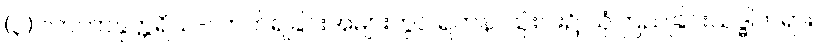
(၃) လာဘာနုတ္တရိယ-လာဘ်ရခြင်းအများတွင် ရတနာသုံးပါး၌ ယုံကြည်ခြင်းသဒ္ဓါတရား